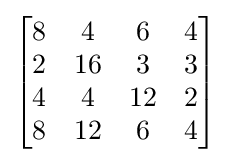
{\begin{bmatrix}{\begin{matrix}8&4&6&4\\2&16&3&3\\4&4&12&2\\8&12&6&4\end{matrix}}\end{bmatrix}}